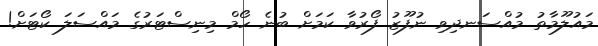
މައުލޫމާތު މުއްސަނދިވި ނުފޫޒު ފޯރުވާ ކަމަށް ބުނެ ހޯމް މިނިސްޓަރުގެ މައްސަލަ ކޯޓަށް!